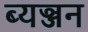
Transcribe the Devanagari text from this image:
ब्यञ्जन